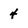
Character: 4